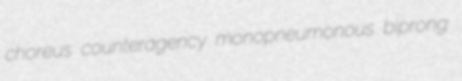
choreus counteragency monopneumonous biprong